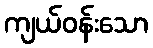
ကျယ်ဝန်းသော